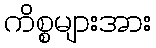
ကိစ္စများအား